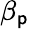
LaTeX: \beta_{\mathsf{p}}